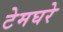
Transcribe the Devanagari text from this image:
टेमघरे